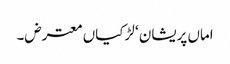
اماں پریشان ‘ لڑکیاں معترض۔